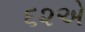
૬૨એ